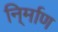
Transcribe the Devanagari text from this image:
नि्र्माण